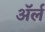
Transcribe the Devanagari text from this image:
अॅर्ल